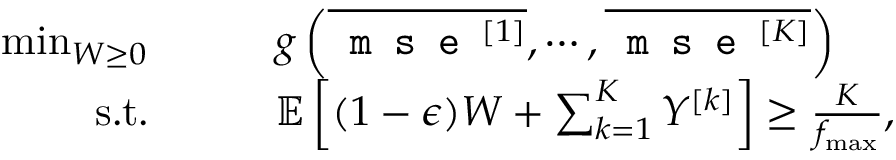
\begin{array} { r l } { \operatorname* { m i n } _ { W \geq 0 } } & { \qquad g \left( \overline { { \texttt { m s e } ^ { [ 1 ] } } } , \cdots , \overline { { \texttt { m s e } ^ { [ K ] } } } \right) } \\ { \mathrm { s . t . } } & { \qquad { \mathbb { E } } \left[ ( 1 - \epsilon ) W + \sum _ { k = 1 } ^ { K } Y ^ { [ k ] } \right] \geq \frac { K } { f _ { \operatorname* { m a x } } } , } \end{array}